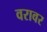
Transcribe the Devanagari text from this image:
वरावर